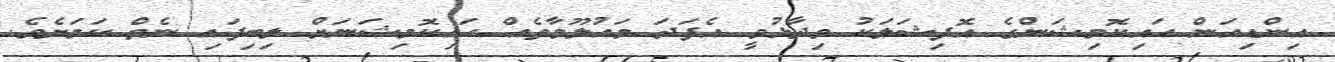
އިންޑިއަން ހައިކޮމިޝަންގެ އޮފިޝަލަކު ވިދާޅުވީ އެފަދަ މައުލޫމާތެއް ހައިކޮމިޝަނަށް ލިބިފައި ނެތް ކަމަށެވެ.